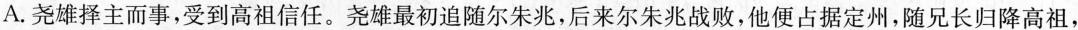
A.尧雄择主而事，受到高祖信任。尧雄最初追随尔朱兆，后来尔朱兆战败，他便占据定州，随兄长归降高祖，